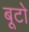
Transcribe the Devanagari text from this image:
बूटो